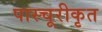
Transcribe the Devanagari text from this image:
पास्चूरीकृत